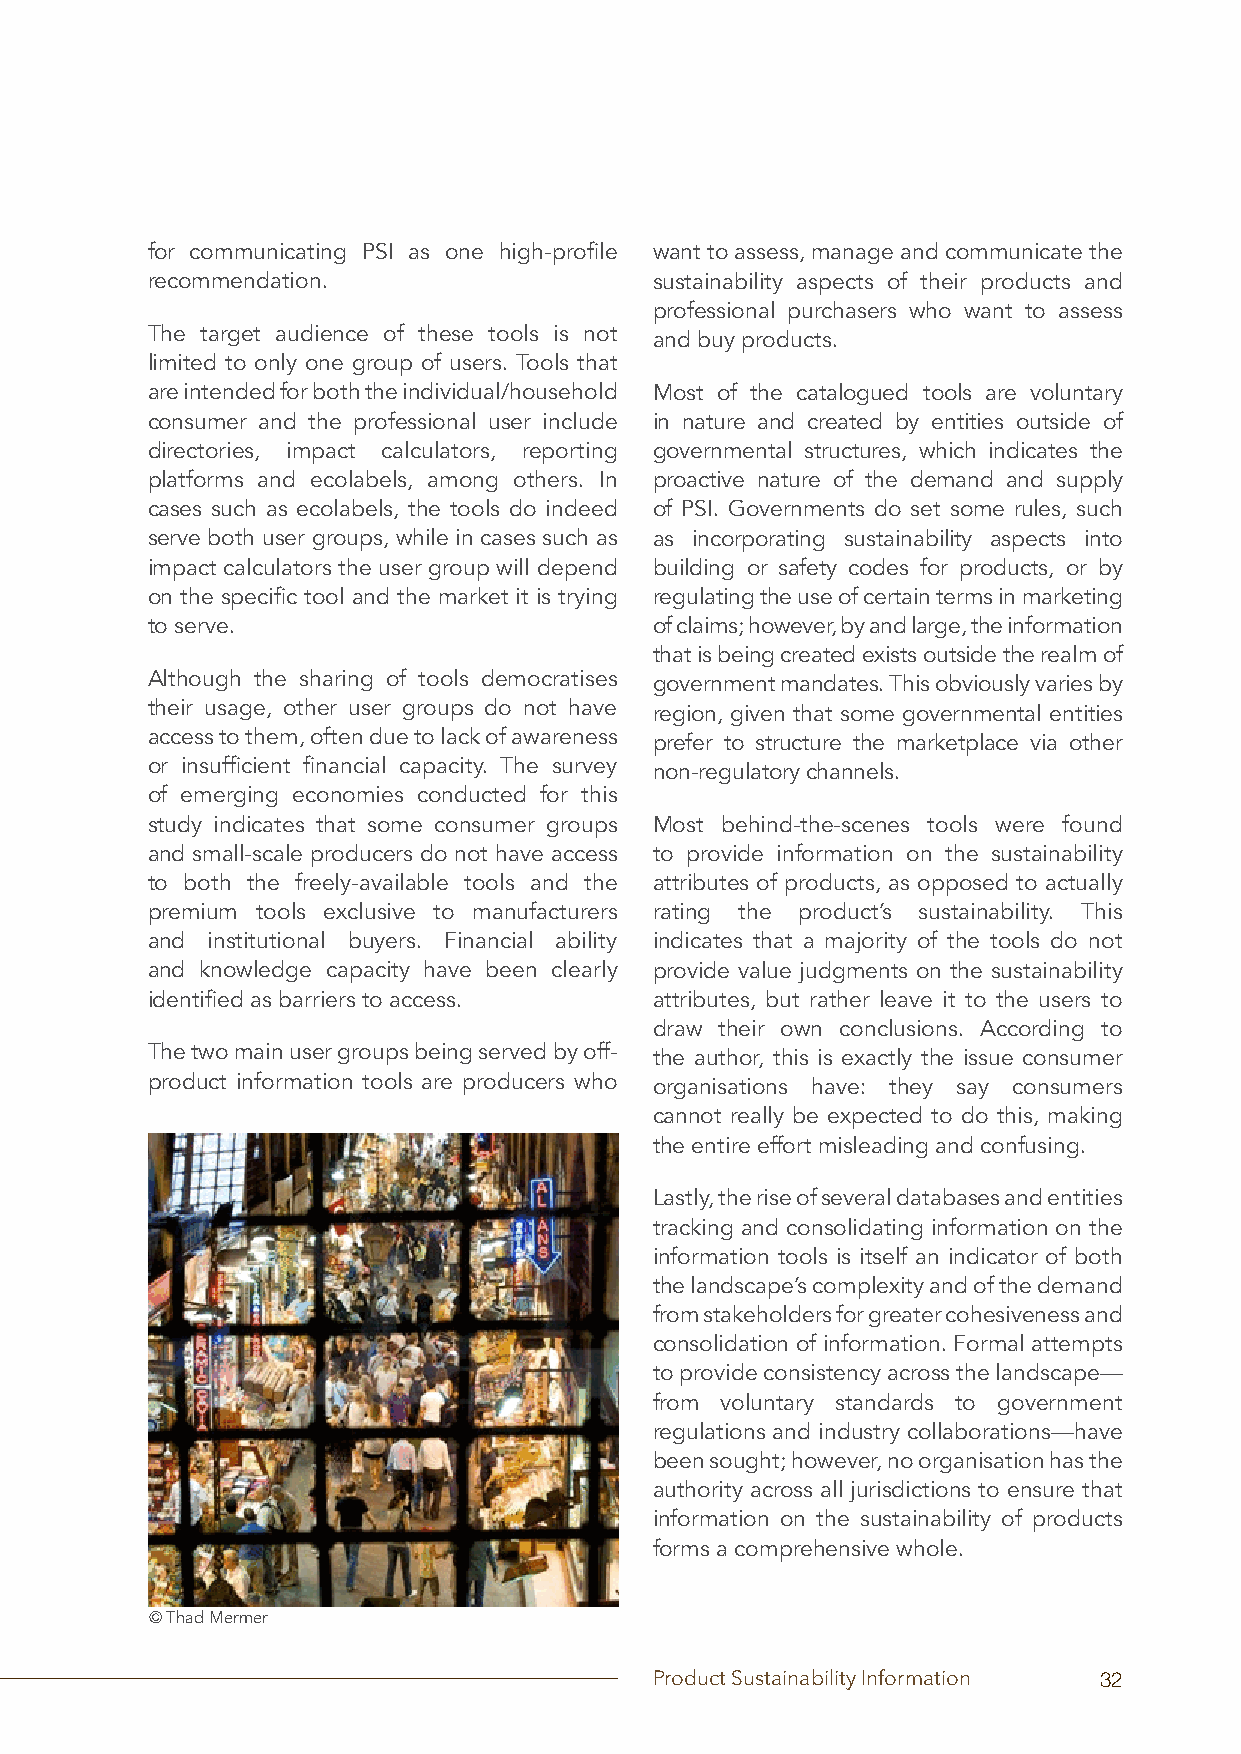
for communicating PSI as one high-profile want to assess, manage and communicate the
 recommendation.                  sustainability aspects of their products and
 professional purchasers who want to assess
 The target audience of these tools is not and buy products.
 limited to only one group of users. Tools that
 are intended for both the individual/household Most of the catalogued tools are voluntary
 consumer and the professional user include in nature and created by entities outside of
 directories, impact calculators, reporting governmental structures, which indicates the
 platforms and ecolabels, among others. In proactive nature of the demand and supply
 cases such as ecolabels, the tools do indeed of PSI. Governments do set some rules, such
 serve both user groups, while in cases such as as incorporating sustainability aspects into
 impact calculators the user group will depend building or safety codes for products, or by
 on the specific tool and the market it is trying regulating the use of certain terms in marketing
 to serve.                        of claims; however, by and large, the information
 that is being created exists outside the realm of
 Although the sharing of tools democratises government mandates. This obviously varies by
 their usage, other user groups do not have region, given that some governmental entities
 access to them, often due to lack of awareness prefer to structure the marketplace via other
 or insufficient financial capacity. The survey non-regulatory channels.
 of emerging economies conducted for this
 study indicates that some consumer groups Most behind-the-scenes tools were found
 and small-scale producers do not have access to provide information on the sustainability
 to both the freely-available tools and the attributes of products, as opposed to actually
 premium tools exclusive to manufacturers rating the product’s sustainability. This
 and institutional buyers. Financial ability indicates that a majority of the tools do not
 and knowledge capacity have been clearly provide value judgments on the sustainability
 identified as barriers to access. attributes, but rather leave it to the users to
 draw their own conclusions. According to
 The two main user groups being served by off- the author, this is exactly the issue consumer
 product information tools are producers who organisations have: they say consumers
 cannot really be expected to do this, making
 the entire effort misleading and confusing.
 Lastly, the rise of several databases and entities
 tracking and consolidating information on the
 information tools is itself an indicator of both
 the landscape’s complexity and of the demand
 from stakeholders for greater cohesiveness and
 consolidation of information. Formal attempts
 to provide consistency across the landscape—
 from voluntary standards to government
 regulations and industry collaborations—have
 been sought; however, no organisation has the
 authority across all jurisdictions to ensure that
 information on the sustainability of products
 forms a comprehensive whole.
 © Thad Mermer
 Product Sustainability Information 32